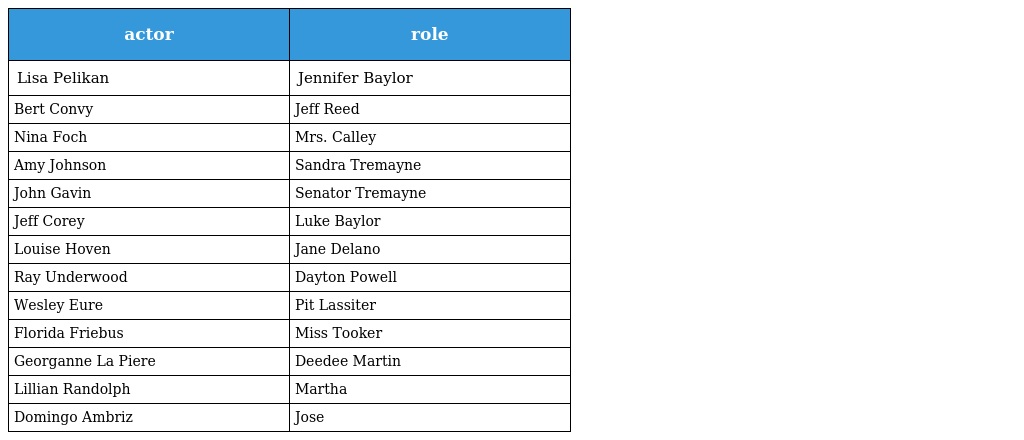
| actor | role |
 | --- | --- |
 | Lisa Pelikan | Jennifer Baylor |
 | Bert Convy | Jeff Reed |
 | Nina Foch | Mrs. Calley |
 | Amy Johnson | Sandra Tremayne |
 | John Gavin | Senator Tremayne |
 | Jeff Corey | Luke Baylor |
 | Louise Hoven | Jane Delano |
 | Ray Underwood | Dayton Powell |
 | Wesley Eure | Pit Lassiter |
 | Florida Friebus | Miss Tooker |
 | Georganne La Piere | Deedee Martin |
 | Lillian Randolph | Martha |
 | Domingo Ambriz | Jose |